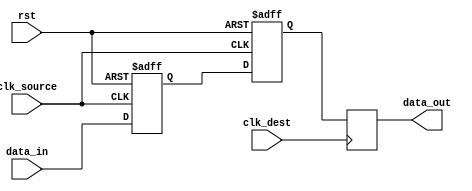
module three_flop_synchronizer(
    input wire clk_source,
    input wire rst,
    input wire data_in,
    output reg data_out,
    input wire clk_dest
);

reg [1:0] flop_source [2:0];
reg flop_dest;

always @(posedge clk_source or posedge rst) begin
    if (rst) begin
        flop_source[0] <= 1'b0;
        flop_source[1] <= 1'b0;
    end else begin
        flop_source[0] <= data_in;
        flop_source[1] <= flop_source[0];
    end
end

always @(posedge clk_dest) begin
    flop_dest <= flop_source[1];
end

assign data_out = flop_dest;

endmodule